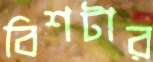
বিশটার